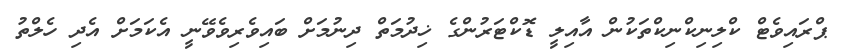
ޕްރައިވެޓް ކްލިނިކްނިކްތަކުން އާއިލީ ޑޮކްޓަރުންގެ ޚިދުމަތް ދިނުމަށް ބައިވެރިވެވޭނީ އެކަމަށް އެދި ހެލްތު